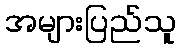
အများပြည်သူ